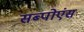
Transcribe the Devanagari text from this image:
सब्पोएंस